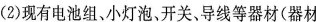
(2)现有电池组、小灯泡、开关、导线等器材(器材